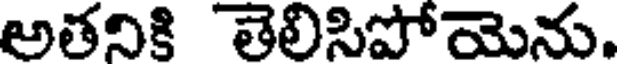
అతనికి తెలిసిపోయెను.